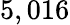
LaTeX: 5,016